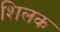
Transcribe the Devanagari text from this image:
शिलक